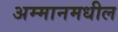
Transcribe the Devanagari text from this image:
अम्मानमधील